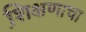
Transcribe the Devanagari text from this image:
शि़क्षणाचा